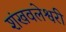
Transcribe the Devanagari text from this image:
शंखवलेश्वरी